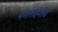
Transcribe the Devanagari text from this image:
पगारहिशेब